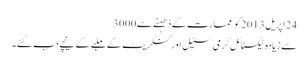
24اپریل2013کو عمارت کے ڈھہنے سے3000
سے زیادہ ٹیکسٹائل کرمی سٹیل اور کنکریٹ کے ملبے کے نیچے دب گئے۔